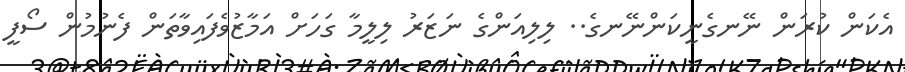
އެކަން ކުރަން ނޭނގެނީކަންނޭނގެ.. ލިލިއަންގެ ނަޒަރު ލިލީމާ ގަހަށް އަމާޒުވެފައިވާތަން ފެނުމުން ސޯފީ